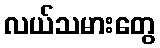
လယ်သမားတွေ